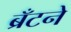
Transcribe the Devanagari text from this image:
ब्रँटने